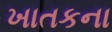
ખાતકના